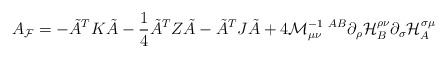
\begin{align*}A_{\cal F}=-\tilde{A}^TK\tilde{A}-\frac{1}{4}\tilde{A}^TZ\tilde{A}- \tilde{A}^TJ\tilde{A}+4{\cal M}^{-1\ AB}_{\mu\nu}\partial_\rho {\cal H}_B^{\rho\nu} \partial_\sigma {\cal H}_A^{\sigma\mu} \end{align*}